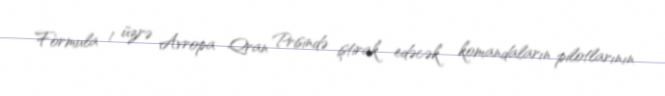
Formula 1 üzrə Avropa Qran Prisində iştirak edəcək komandaların pilotlarının